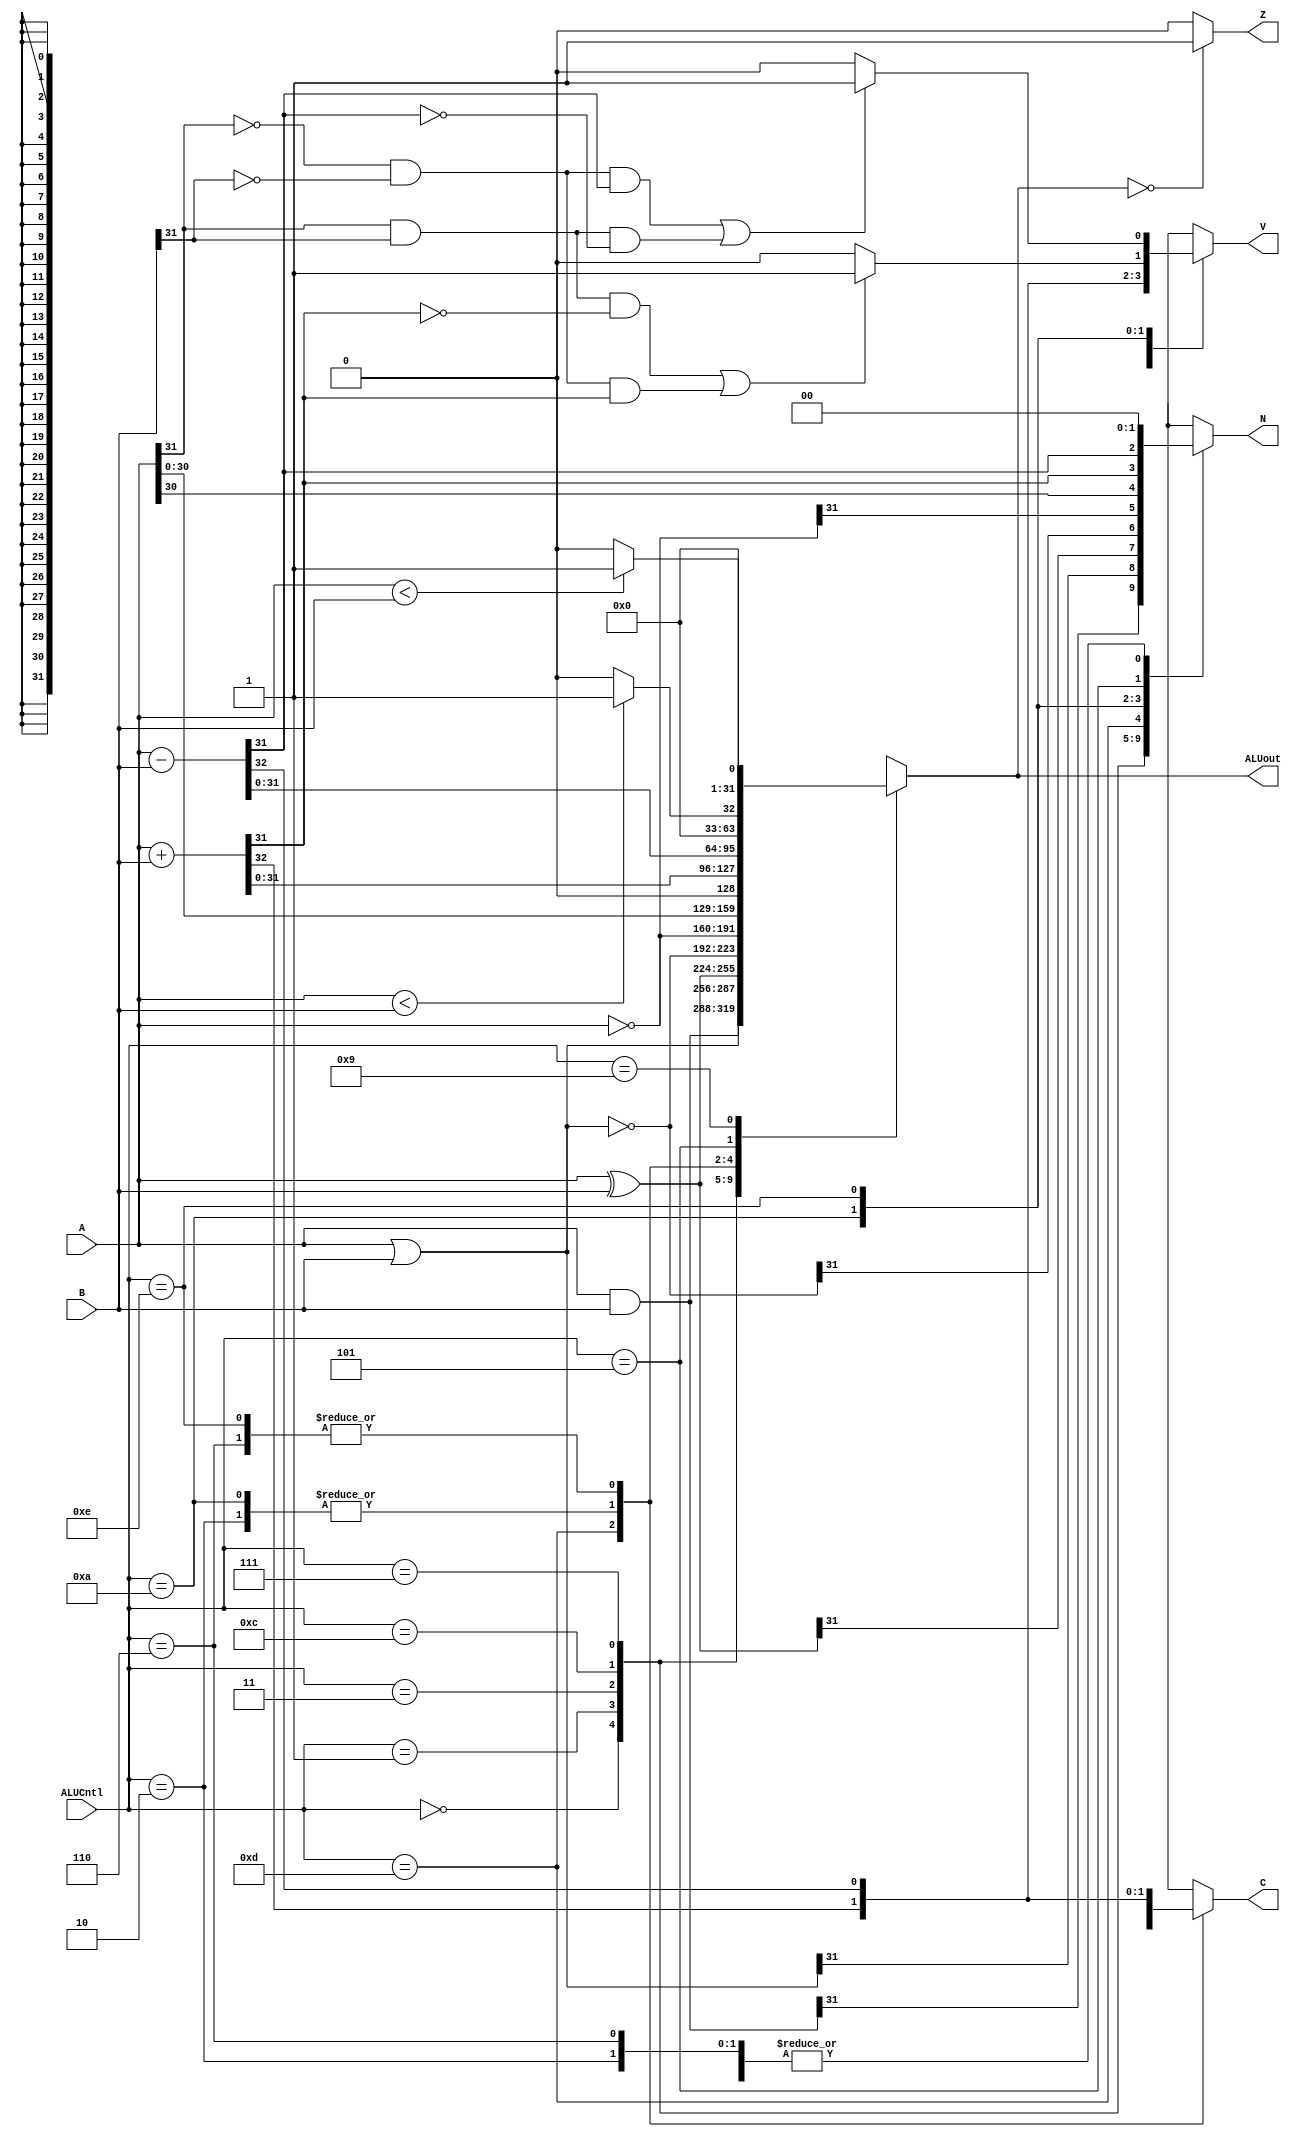
`timescale 1ns / 1ps
//////////////////////////////////////////////////////////////////////////////////
// Company: 
// Engineer: 
// 
// Design Name: 
// Module Name: ALU
// Project Name: 
// Target Devices: 
// Tool Versions: 
// Description: 
// 
// Dependencies: 
// 
// Revision:
// Revision 0.01 - File Created
// Additional Comments:
// 
//////////////////////////////////////////////////////////////////////////////////


module ALU(
    input [31:0] A,
    input [31:0] B,
    input [3:0] ALUCntl,
    output reg [31:0] ALUout,
    output reg N,
    output Z,
    output reg C,
    output reg V
    );
    
    reg signed [31:0] A_s, B_s;
    assign Z = (ALUout == 0) ? 1'b1 : 1'b0;
    
    always@(*) begin // makes always block sensetive to everything
        A_s = A;
        B_s = B;
        case(ALUCntl)
            4'b0000: begin  //AND
                        ALUout = A & B;
                        C = 1'bx;
                        V = 1'bx;
                        N = ALUout[31];
                     end
             4'b0001: begin  //OR
                        ALUout = A | B;
                        C = 1'bx;
                        V = 1'bx;
                        N = ALUout[31];
                     end
            4'b0011: begin  //XOR
                        ALUout = A ^ B;
                        C = 1'bx;
                        V = 1'bx;
                        N = ALUout[31];
                     end
             4'b0010: begin  //Add Unsign
                        {C,ALUout} = A + B;               
                        V = C;
                        N = 1'b0;
                     end
             4'b0110: begin  //Subtract Unsign
                       {C,ALUout} = A - B;                        
                        V = C;
                        N = 1'b0;
                     end                        
             4'b1100: begin  //NOR
                        ALUout = ~(A | B);
                        C = 1'bx;
                        V = 1'bx;
                        N = ALUout[31];
                     end                          
            4'b0111: begin  //NOT
                        ALUout = ~A;
                        C = 1'bx;
                        V = 1'bx;
                        N = ALUout[31];
                     end
            4'b1101: begin  //Shift
                        ALUout = A << 1;
                        C = A[31];
                        V = 1'bx;
                        N = ALUout[31];
                     end                                                                       
            4'b1010: begin // Add Signed
                        {C,ALUout} = A+B;
                        if ((A[31] & B[31] & ~ALUout[31] )|| (~A[31] & ~B[31] & ALUout[31]))
                            V = 1'b1;
                        else
                            V = 1'b0;
                        N = ALUout[31];         
                     end
            4'b1110: begin // Subtract Signed
                        {C,ALUout} = A-B;
                        if ((~A[31] & ~B[31] & ALUout[31] )|| (A[31] & B[31] & ~ALUout[31] ))
                            V = 1'b1;
                        else
                            V = 1'b0;
                        N = ALUout[31];         
                     end
            4'b0101: begin
                        ALUout = (A_s < B_s)? {31'b0, 1'b1} : 32'b0;
                        V = 1'bx;
                        C = 1'bx;
                        N = ALUout[31];
                    end
            4'b1001: begin
                        ALUout = (A < B)? {31'b0, 1'b1} : 32'b0;
                        V = 1'bx;
                        C = 1'bx;
                        N = 1'b0; 
                    end                              
            default: begin
                        ALUout = 32'bx;
                        {C,V,N} = 3'bx;
                     end   
        endcase
        
end
    
    
     
    
        
    
    
    
    
    
endmodule